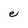
Character: e